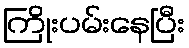
ကြိုးပမ်းနေပြီး